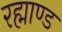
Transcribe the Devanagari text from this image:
रह्माण्ड